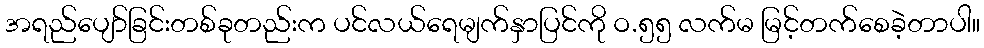
အရည်ပျော်ခြင်းတစ်ခုတည်းက ပင်လယ်ရေမျက်နှာပြင်ကို ဝ.၅၅ လက်မ မြင့်တက်စေခဲ့တာပါ။